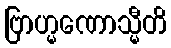
ဗြာဟ္မဏောသ္မီတိ